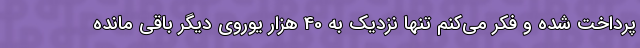
پرداخت شده و فکر می‌کنم تنها نزدیک به 40 هزار یوروی دیگر باقی مانده